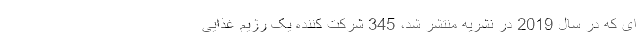
ای که در سال 2019 در نشریه منتشر شد، 345 شرکت کننده یک رژیم غذایی